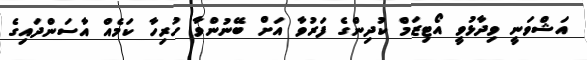
އަޝްވަނީ ވިދާޅުވީ އޯޓިޒަމް ކުދިންގެ ފަރުވާ އަށް ބޭނުންވާ ހުރިހާ ކަމެއް އާސަންދައިގެ